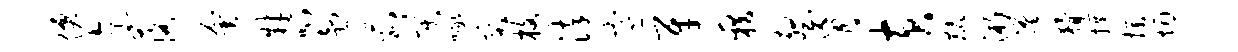
仙乞落会肄呱趣菰莫啄突枚染寒牙籍壑盲黄麟浙蹉猾撰操烟